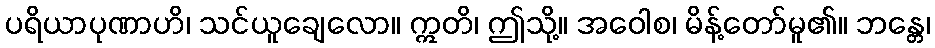
ပရိယာပုဏာဟိ၊ သင်ယူချေလော။ ဣတိ၊ ဤသို့။ အဝေါစ၊ မိန့်တော်မူ၏။ ဘန္တေ၊